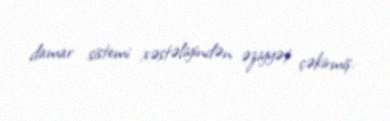
damar sistemi xəstəliyindən əziyyət çəkirmiş.